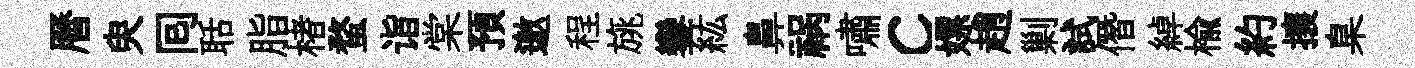
曆臾囘聒脂楮蝥诣棠預邀程旐鑾紘鼻祸嘯c嫖趙剿試僭綽榆約攘臬